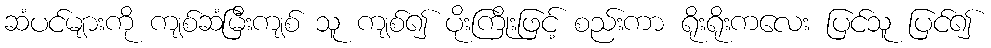
ဆံပင်များကို ကျစ်ဆံမြီးကျစ် သူ ကျစ်၍ ပိုးကြိုးဖြင့် စည်းကာ ရိုးရိုးကလေး ပြင်သူ ပြင်၍